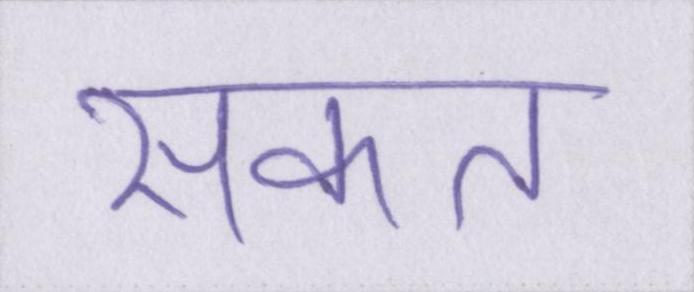
सकत